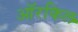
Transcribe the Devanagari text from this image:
ऑरकिल